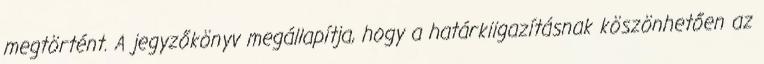
megtörtént. A jegyzőkönyv megállapítja, hogy a határkiigazításnak köszönhetően az